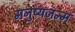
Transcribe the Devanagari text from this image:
मनुष्यजन्म